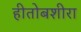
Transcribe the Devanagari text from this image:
हीतोबशीरा